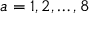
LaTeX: a = 1 , 2 , \dots , 8